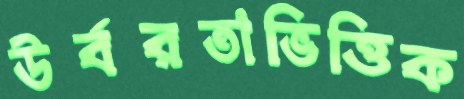
উর্বরতাভিত্তিক